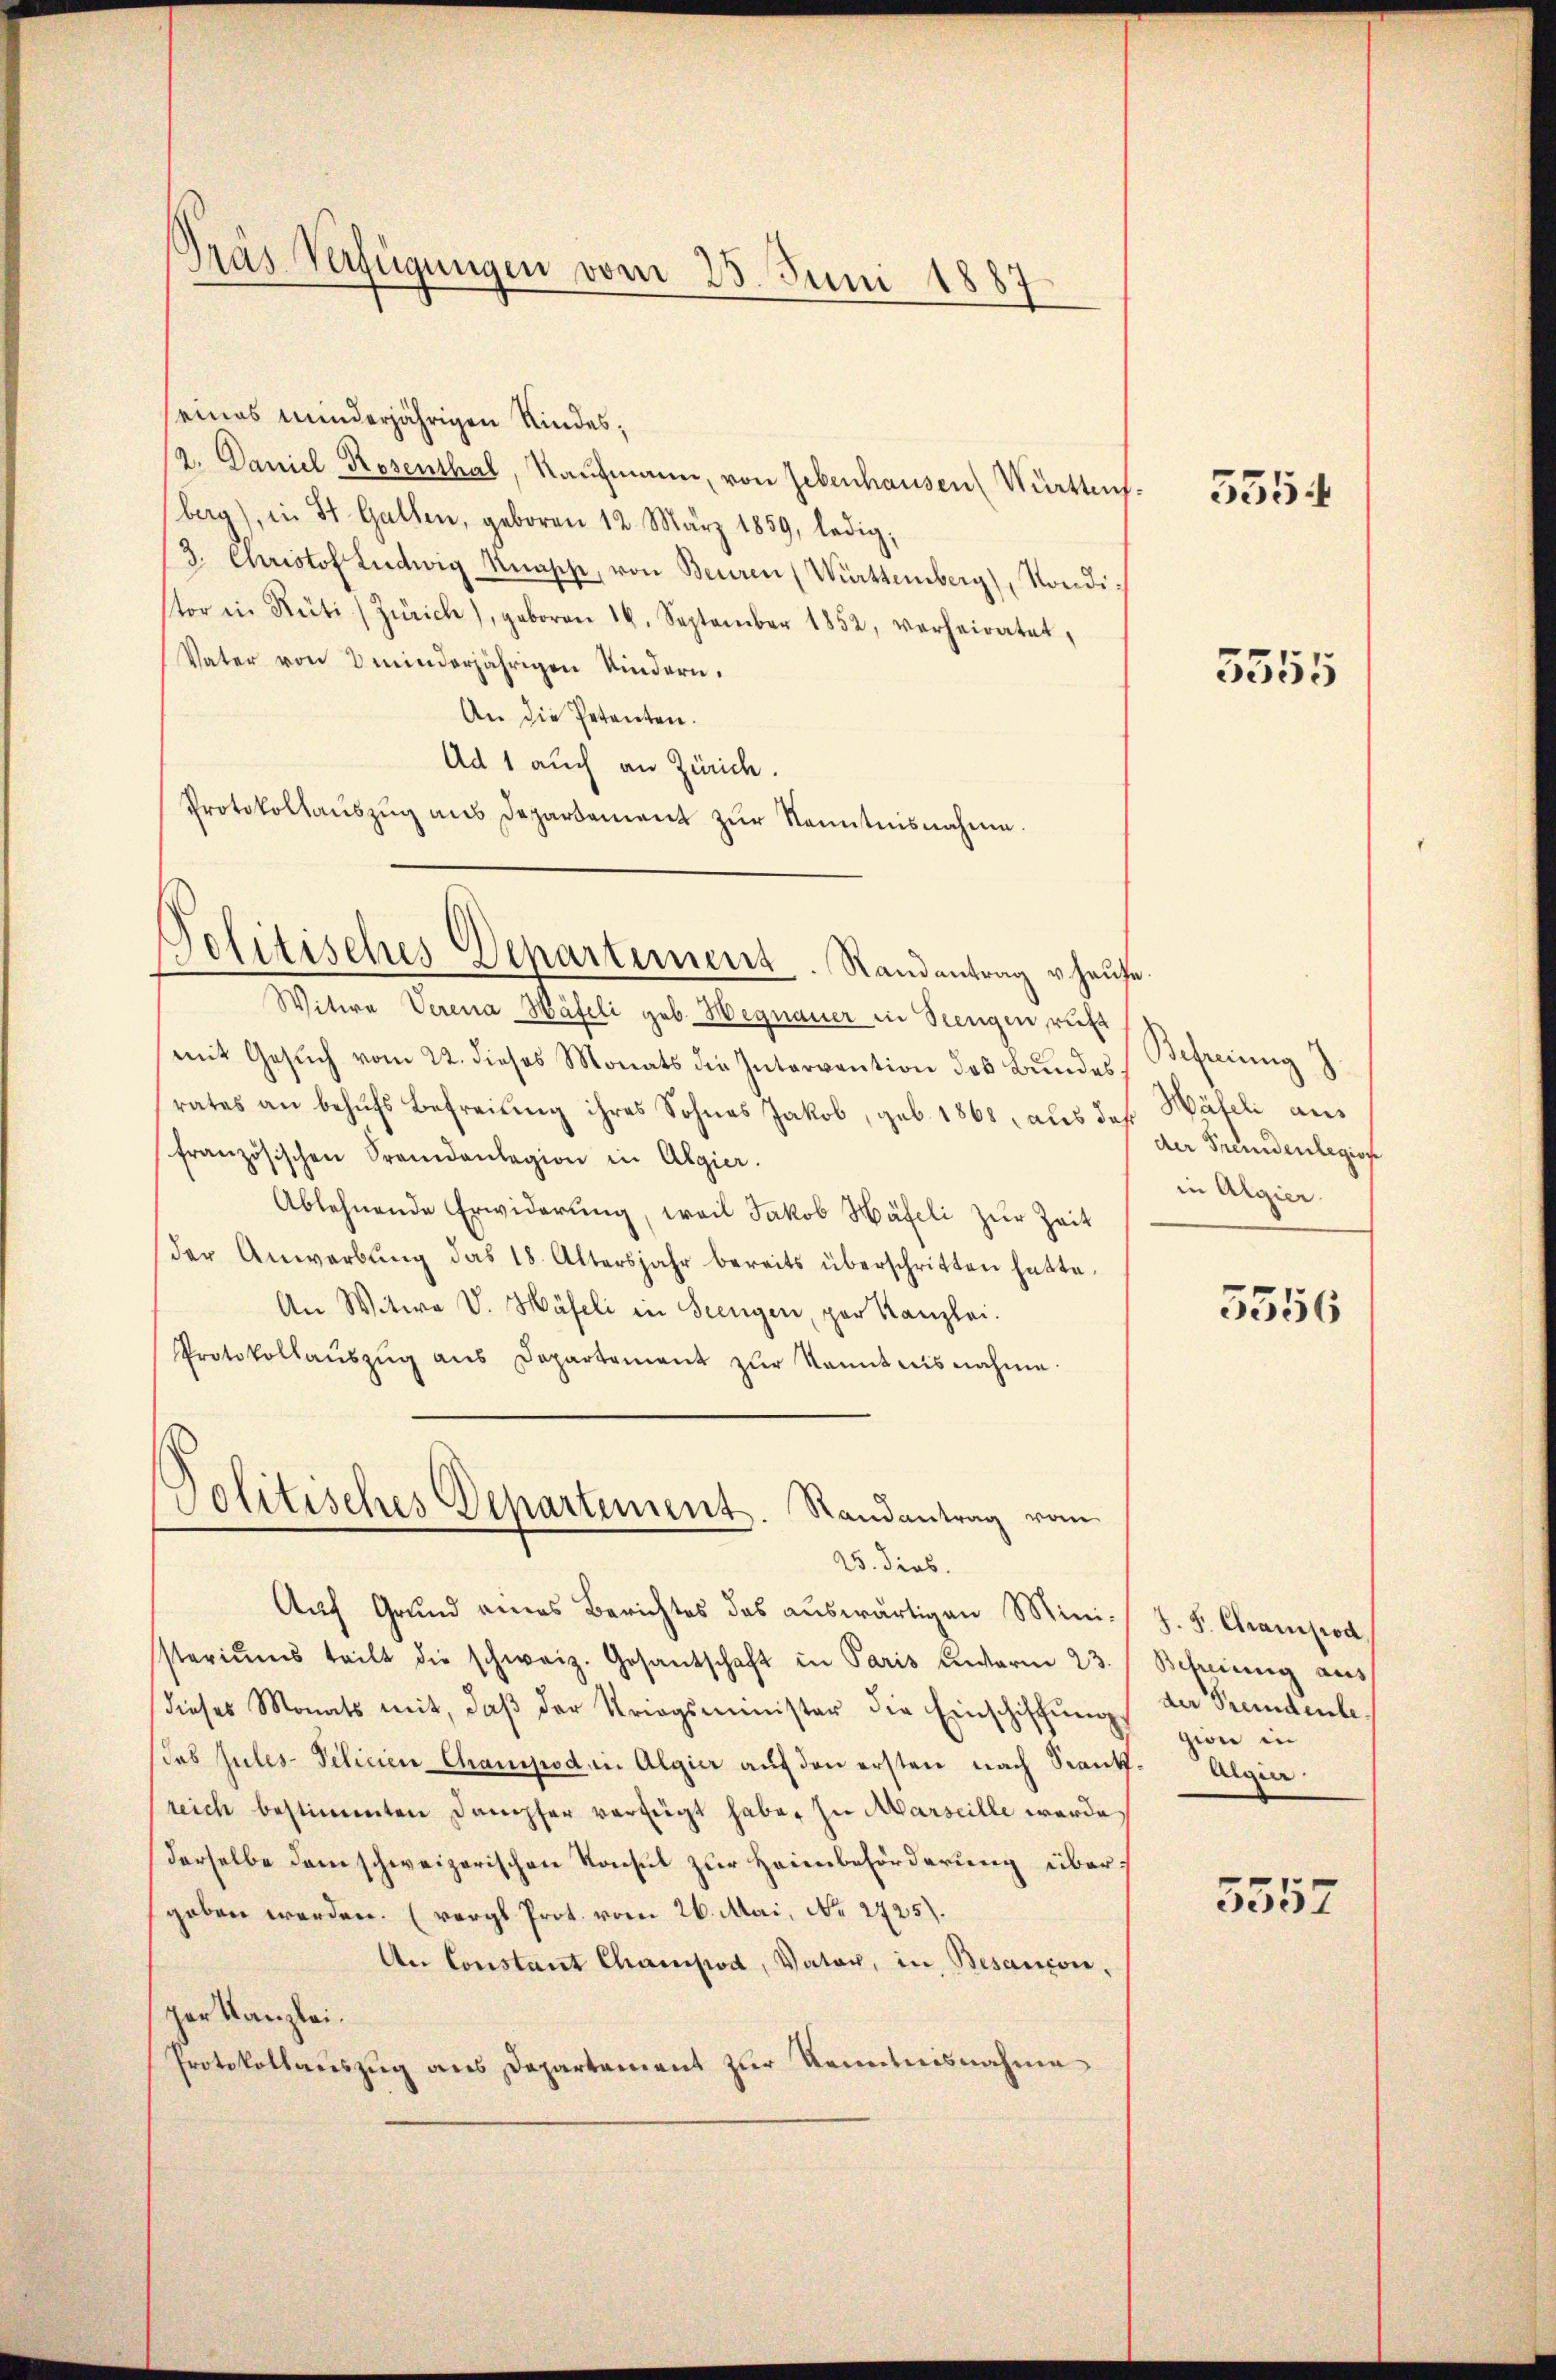
Gras Verfügungen vom 25. Juni 1887

eines minderjährigen Kindes;
2. Daniel Rosenthal, Kaufmann, von Lebenhausen Württen.
berg), in St. Gallen, geboren 12. März 1859, ledig
3. Christof Ludwig Knasche, von Beuren (Württemberg), Rondistor in Rüti, Zürich), geboren 16. September 1852, verheiratet,
Vater von 8 minderjährigen Kindern.
An die Petenten.
Ad 1 auch an Zürich.
Protokollauszug aus Departement zur Kenntnisnahme.

Politisches Departement. Randantrag vhaŭse

Politisches Departement. Randantrag vom
25. dies.

Witwe Verena Häfeli geb. Hegnauer in Seengen ruft
mit Gesuch vom 22. dieses Monats die Intervention des Bundesrates an behŭfs Befreiung ihres Sohnes Jakob, geb. 1868, aus daß Wäfeli aus
französischen Fremdanlegion in Algier.
Ablehnende Erwiderung, weil Jakob Häfeli zur Zeit
der Anwerbŭng das 18. Altersjahr bereits überschritten hatte.
An Witwe V. Häfeli in Seengen, par Kanzlei.
Protokollaŭszŭg aŭs Departement zŭr Kenntnisnahme.

Auf Grund eines Berichtes das auswärtigen Mini-
steriŭms teilt die schweiz. Gesandschaft in Paris unterm 23.
(dieses Monats mit, daβ der Kriegsminister die Einschiffŭngs
das Jules-Telicien Champod, in Algier auf den ersten nach Sant. Algier
reich bestimmten Dampfer verfügt habe, zu Marseille werde
derselbe dem schweizerischen Konsul zur Heimbeförderung übergeben werden. (vergl. Prot. vom 26. Mai, No. 2425).
An Constant Champod, Vater, in Besançon,
ger Kanzlei.
Protokollauszug aus Departement zur Kenntnisnahme

5354

3555

Befreiung
der Fremdenlegion
in Algier.

5556

J. F. Chrampod
Behindung aus
der Freudente.
gion in

5557